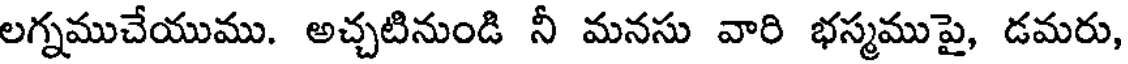
లగ్నముచేయుము. అచ్చటినుండి నీ మనసు వారి భస్మముపై, డమరు,